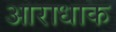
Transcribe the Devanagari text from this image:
आराधाक